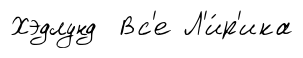
Хэдлунд Вс'е Л'и́р'ика